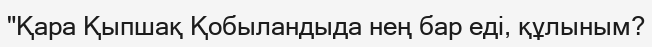
"Қара Қыпшақ Қобыландыда нең бар еді, құлыным?